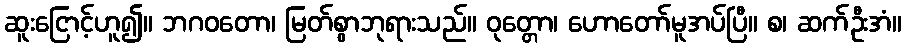
ဆူးငြောင့်ဟူ၍။ ဘဂဝတော၊ မြတ်စွာဘုရားသည်။ ဝုတ္တော၊ ဟောတော်မူအပ်ပြီ။ စ၊ ဆက်ဦးအံ။